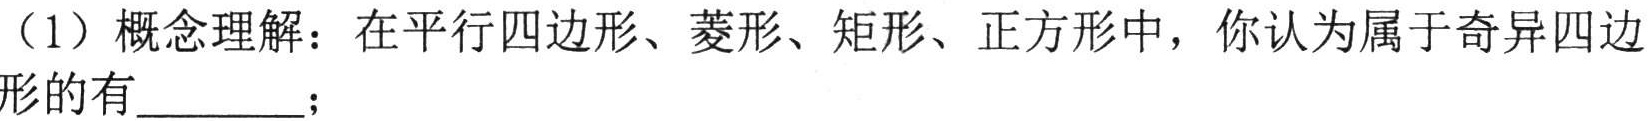
（1）概念理解：在平行四边形、菱形、矩形、正方形中，你认为属于奇异四边形的有  ；